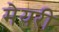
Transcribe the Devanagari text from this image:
मेयरी